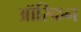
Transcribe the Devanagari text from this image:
ऑरिकन